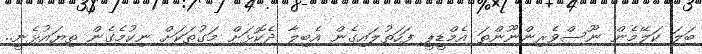
ބަލަ ކަލޭމެން ނޫސްވެރިންނޫންތަ އެމްޑީޕީ ފަހަތުލައިގެން އެބިލާ ދެކޮޅަށް މަގުތަކަށް ނިކުމެގެން ތިޔައުޅެނީ..